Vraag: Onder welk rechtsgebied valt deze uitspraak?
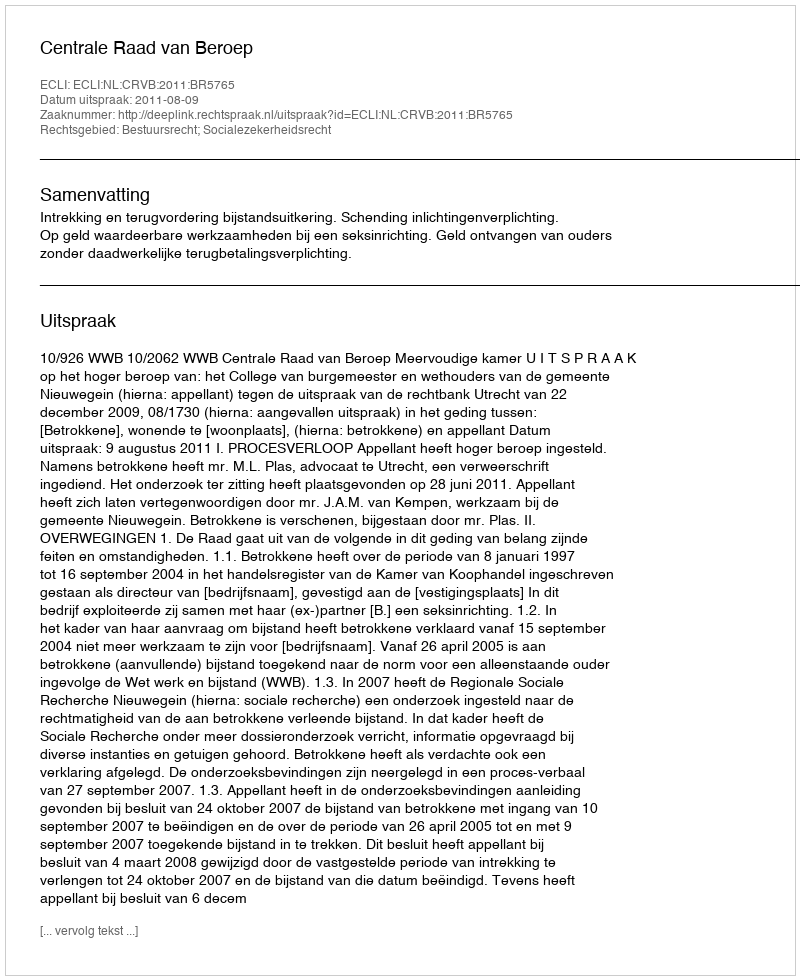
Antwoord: Bestuursrecht; Socialezekerheidsrecht